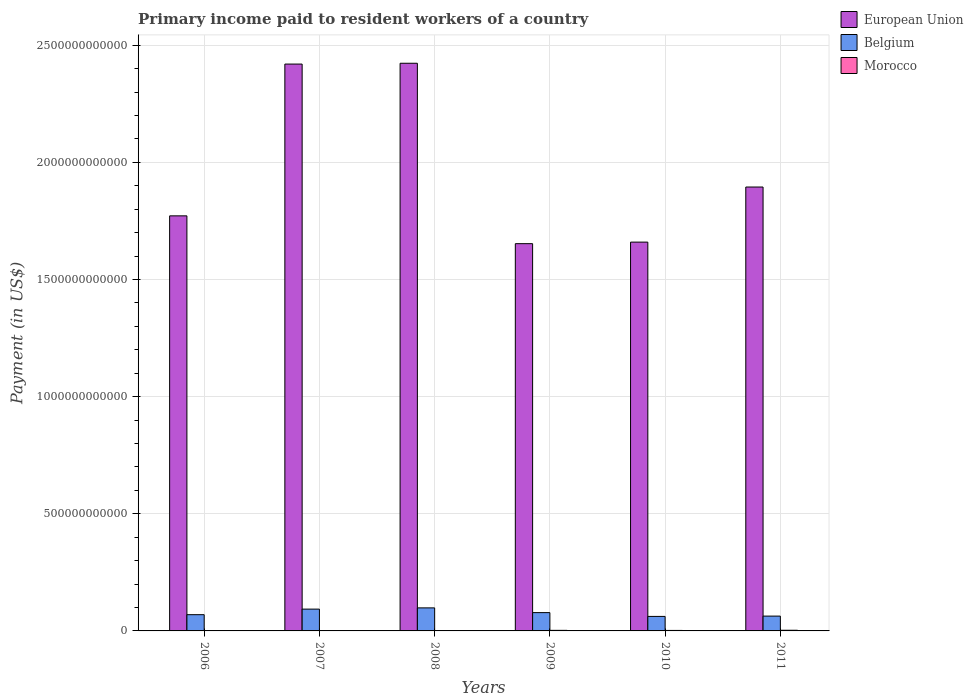
| Years | European Union | Belgium | Morocco |
 | --- | --- | --- | --- |
 | 2006 | 1.77e+12 | 6.93e+10 | 1.23e+09 |
 | 2007 | 2.42e+12 | 9.31e+10 | 1.37e+09 |
 | 2008 | 2.42e+12 | 9.83e+10 | 1.58e+09 |
 | 2009 | 1.65e+12 | 7.81e+10 | 2.42e+09 |
 | 2010 | 1.66e+12 | 6.2e+10 | 2.11e+09 |
 | 2011 | 1.89e+12 | 6.33e+10 | 2.86e+09 |